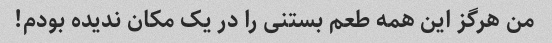
من هرگز این همه طعم بستنی را در یک مکان ندیده بودم!